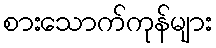
စားသောက်ကုန်များ